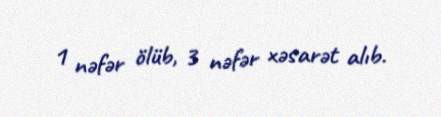
1 nəfər ölüb, 3 nəfər xəsarət alıb.